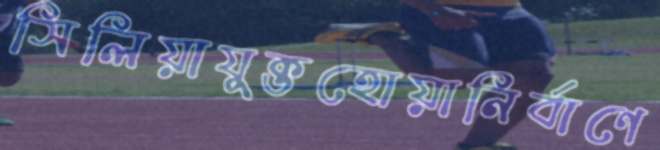
সিলিয়াযুক্তহোয়ানির্বাণে